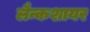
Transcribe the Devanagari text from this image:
लैन्कशायर